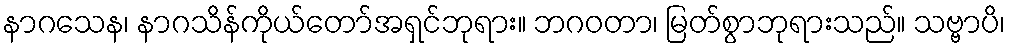
နာဂသေန၊ နာဂသိန်ကိုယ်တော်အရှင်ဘုရား။ ဘဂဝတာ၊ မြတ်စွာဘုရားသည်။ သဗ္ဗာပိ၊